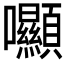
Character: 𡆘